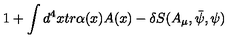
1 + \int d ^ { 4 } x t r \alpha ( x ) A ( x ) - \delta S ( A _ { \mu } , \bar { \psi } , \psi )